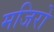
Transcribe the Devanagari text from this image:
मजिरो